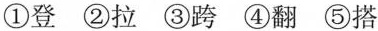
①登 ②拉 ③跨 ④翻 ⑤搭